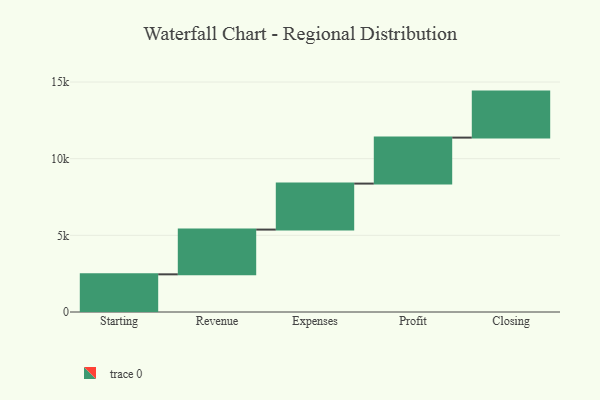
{"axis": {"x": "Step", "y": "Value"}, "legend": [""], "data": [{"x": "Starting", "y": 2457.0, "type": ""}, {"x": "Revenue", "y": 2918.0, "type": ""}, {"x": "Expenses", "y": 3000, "type": ""}, {"x": "Profit", "y": 3000, "type": ""}, {"x": "Closing", "y": 3000, "type": ""}]}